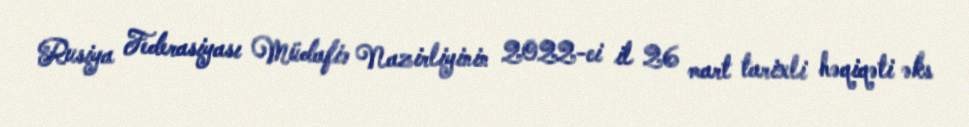
Rusiya Federasiyası Müdafiə Nazirliyinin 2022-ci il 26 mart tarixli həqiqəti əks